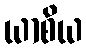
ယာစိယ